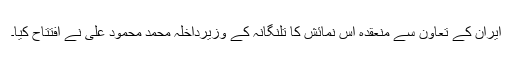
ایران کے تعاون سے منعقدہ اس نمائش کا تلنگانہ کے وزیرداخلہ محمد محمود علی نے افتتاح کیا۔